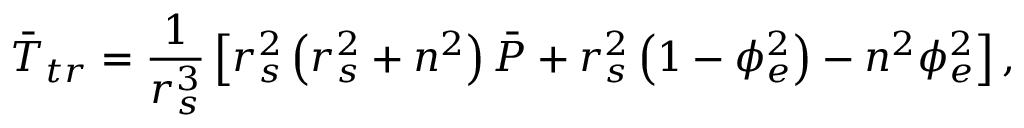
\Bar { T } _ { t r } = \frac { 1 } { r _ { s } ^ { 3 } } \left[ r _ { s } ^ { 2 } \left( r _ { s } ^ { 2 } + n ^ { 2 } \right) \Bar { P } + r _ { s } ^ { 2 } \left( 1 - \phi _ { e } ^ { 2 } \right) - n ^ { 2 } \phi _ { e } ^ { 2 } \right] ,